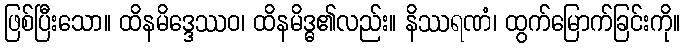
ဖြစ်ပြီးသော။ ထိနမိဒ္ဒေဿဝ၊ ထိနမိဒ္ဓ၏လည်း။ နိဿရဏံ၊ ထွက်မြောက်ခြင်းကို။